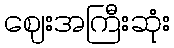
ဈေးအကြီးဆုံး